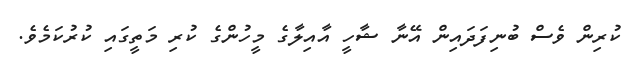
ކުރިން ވެސް ބުނިފަދައިން އޭނާ ޝާހީ އާއިލާގެ މީހުންގެ ކުރި މަތީގައި ކުރުކަމެވެ.